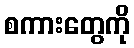
စကားတွေကို